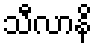
သီလာနိ